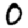
Digit: 0